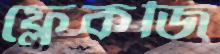
ফ্লেকজি